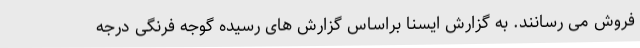
فروش می رسانند. به گزارش ایسنا براساس گزارش های رسیده گوجه فرنگی درجه